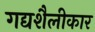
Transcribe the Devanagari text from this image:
गद्यशैलीकार